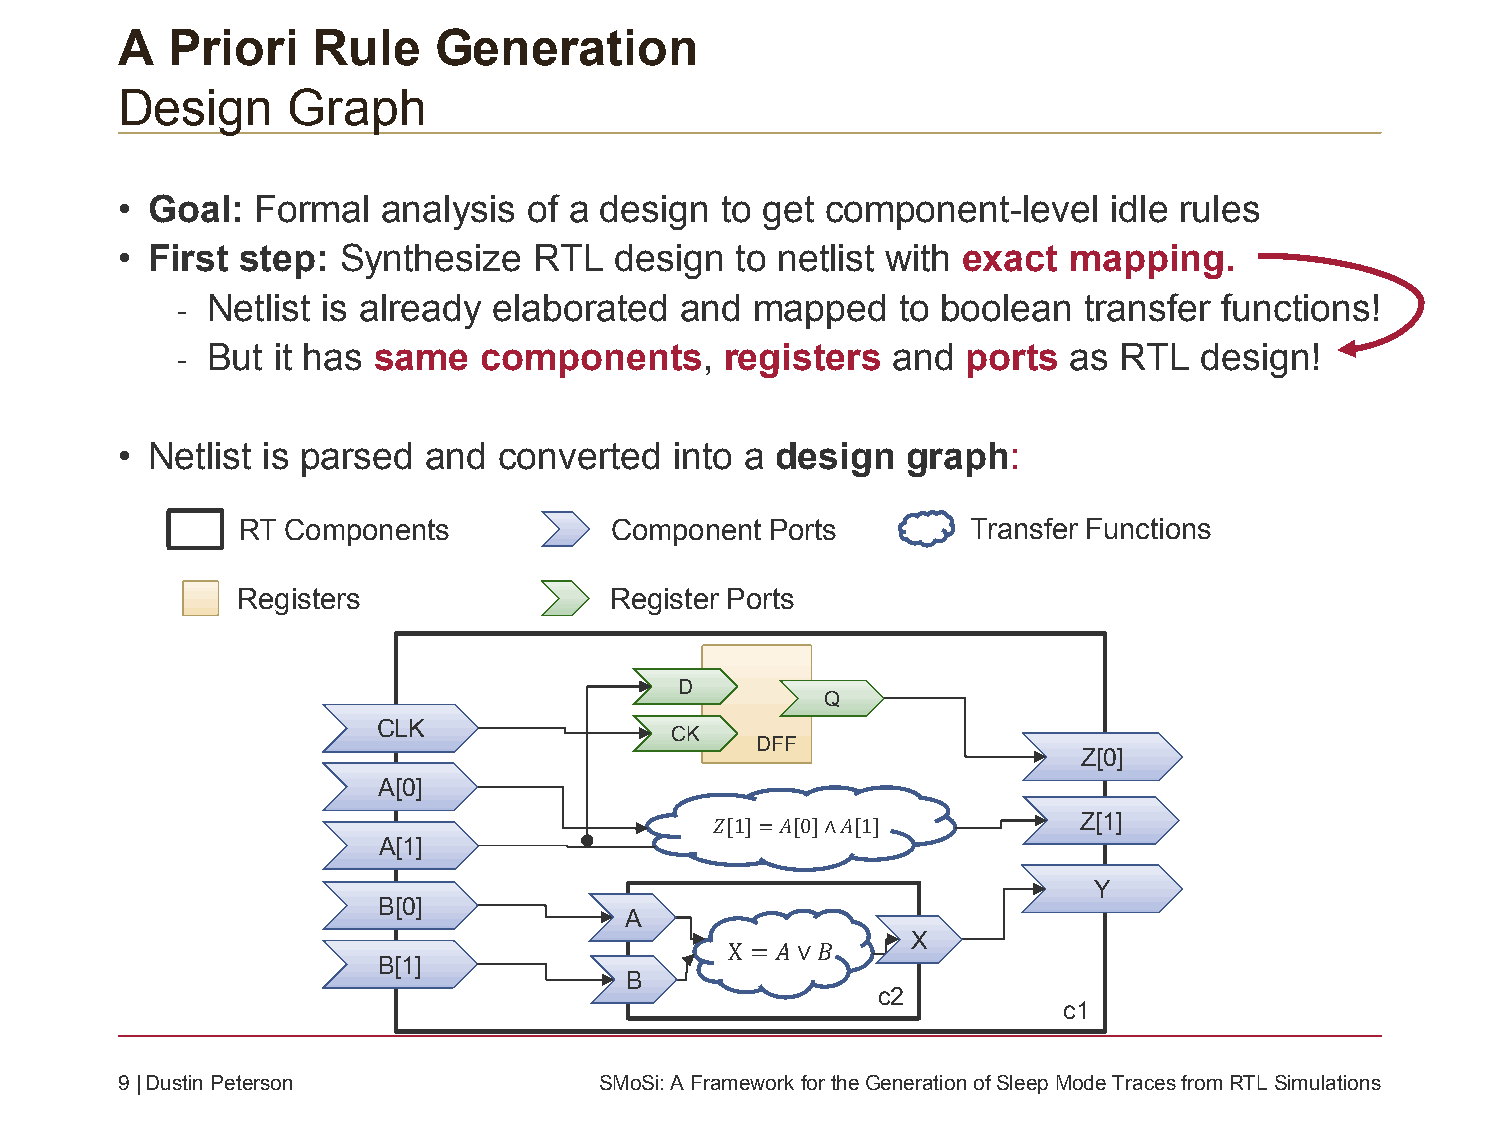
A  Priori    Rule    Generation
 Design     Graph
 • Goal:  Formal  analysis  of a design  to get component-level    idle rules
 • First step: Synthesize   RTL   design  to netlist with exact mapping.
 - Netlist is already elaborated  and  mapped   to boolean   transfer functions!
 - But it has same   components,     registers  and  ports  as RTL  design!
 • Netlist is parsed and  converted   into a design  graph:
 RT Components           Component  Ports        Transfer Functions
 Registers               Register Ports
 D
 Q
 CLK
 CK
 DFF
 Z[0]
 A[0]
 Z[1]
 𝑍[1]=𝐴[0]∧𝐴[1]
 A[1]
 Y
 B[0]
 A
 X
 X = 𝐴∨𝐵
 B[1]
 B
 c2
 c1
 9| Dustin Peterson              SMoSi: A Framework fortheGeneration ofSleepMode Traces fromRTL Simulations